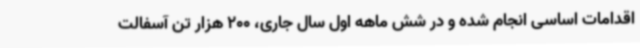
اقدامات اساسی انجام شده و در شش ماهه اول سال جاری، 200 هزار تن آسفالت